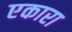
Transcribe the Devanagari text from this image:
एकारा